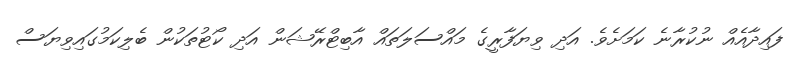
ފައިދާއެއް ނުކުރާނެ ކަމަށެވެ. އަދި ވިޔަފާރީގެ މައްސަލަތައް އާބިޓްރޭޝަން އަދި ކޯޓުތަކުން ބެލިކަމުގައިވިޔަސް